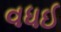
વધઈ